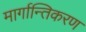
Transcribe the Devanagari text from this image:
मार्गान्तिकरण